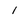
Character: 1